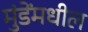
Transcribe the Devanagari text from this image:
मुंडेंमधील